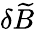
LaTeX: \delta\widetilde{B}